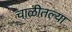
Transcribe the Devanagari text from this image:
चाळीतल्या